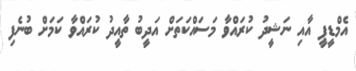
އެމްޑީޕީ އާއި ނަޝީދު ކުރައްވާ މަސައްކަތަށް އަދީބު ތާއީދު ކުރައްވާ ކަމަށް ބުނެފި